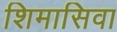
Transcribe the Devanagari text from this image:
शिमासिवा